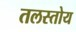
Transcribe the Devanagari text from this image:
तलस्तोय